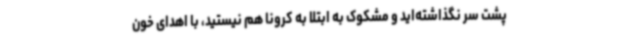
پشت سر نگذاشته‌اید و مشکوک به ابتلا به کرونا هم نیستید، با اهدای خون